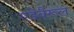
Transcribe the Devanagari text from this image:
एडेवैरूल